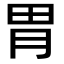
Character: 胃